Scottish Leaving Certificate Examination, 1956
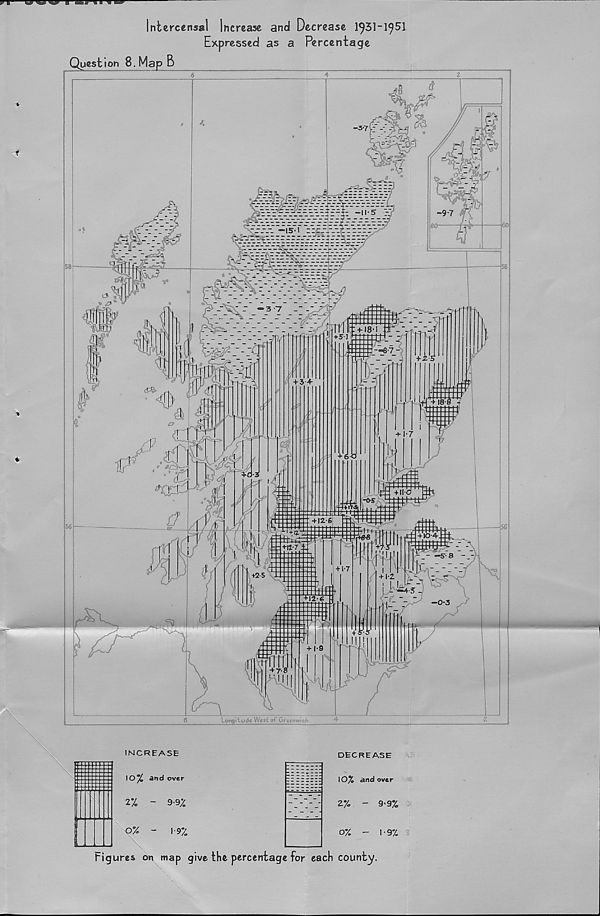
Intercensal Increase and Decrease
Expressed as a Percentage
Quest ton 8. Map B
6
4
2
INCREASE
DECREASE
IO% and over
zy. - 9>9%
0% - 1 • 9%
Figures on map give the percentage for each county.
IO% and over
2% - 9'92
0% - 1-9%